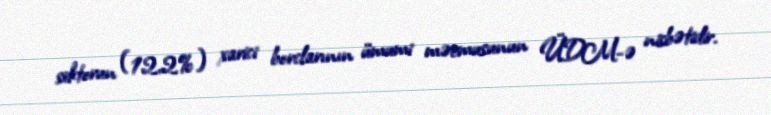
sektorun (12,2%) xarici borclarının ümumi məcmusunun ÜDM-ə nisbətidir.